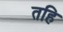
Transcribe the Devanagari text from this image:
तहि